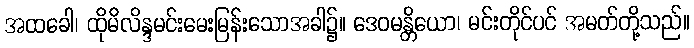
အထခေါ၊ ထိုမိလိန္ဒမင်းမေးမြန်းသောအခါ၌။ ဒေဝမန္တိယော၊ မင်းတိုင်ပင် အမတ်တို့သည်။